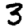
Digit: 3